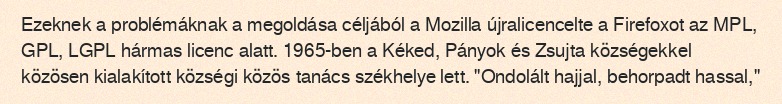
Ezeknek a problémáknak a megoldása céljából a Mozilla újralicencelte a Firefoxot az MPL, GPL, LGPL hármas licenc alatt. 1965-ben a Kéked, Pányok és Zsujta községekkel közösen kialakított községi közös tanács székhelye lett. "Ondolált hajjal, behorpadt hassal,"